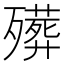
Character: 𱥔